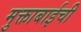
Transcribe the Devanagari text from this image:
मुक्ताबाईची